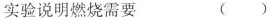
实验说明燃烧需要 ( )